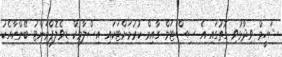
ޝަހީމް ވިދާޅުވި ގޮތުގައި އެ ސިސްޓަމް ގާއިމް ކުރުމަށްޓަކައި އިސްލާމިކް ޑިވެލޮޕްމަންޓު ބޭންކާއެކު